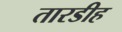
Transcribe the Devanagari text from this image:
तारडीह